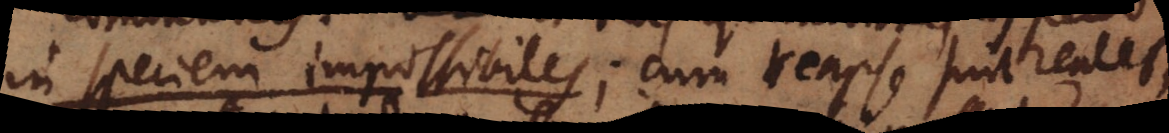
in speciem impossibiles; cum reapse sint reales,